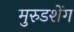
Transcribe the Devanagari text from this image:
मुरुडशेंग